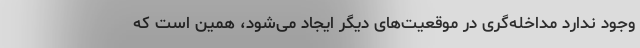
وجود ندارد مداخله‌گری در موقعیت‌های دیگر ایجاد می‌شود، همین است که